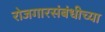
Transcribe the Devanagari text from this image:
रोजगारसंबंधीच्या